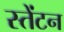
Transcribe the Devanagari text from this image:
स्तेंटन